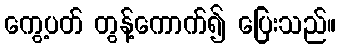
ကွေ့ပတ် တွန့်ကောက်၍ ပြေးသည်။